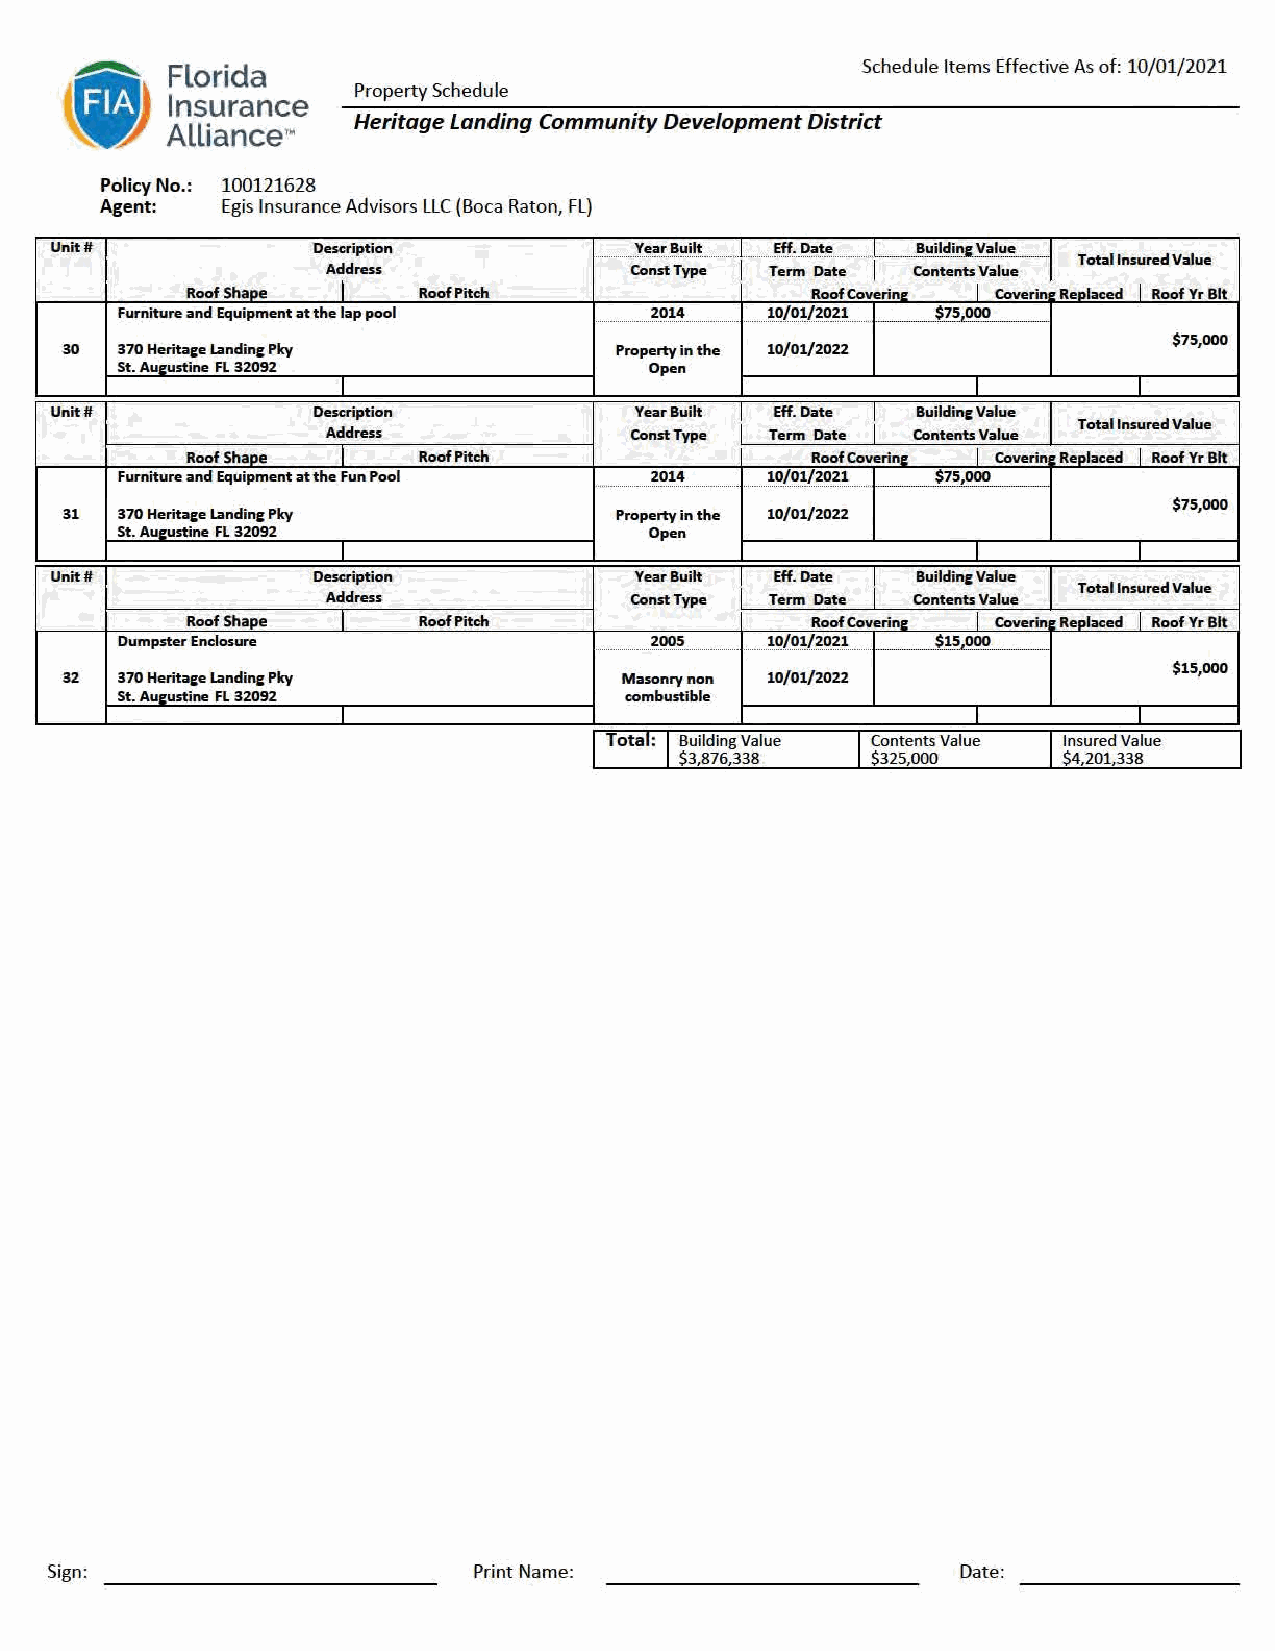
I
 Schedule Items Effective As of: 10/01/2021
 Florida
 I }            Property Schedule
 Insurance
 fl Alliance·~  Heritage Landing Community Development District
 Policy No.: 100121628
 Agent:  Egis Insurance Advisors LLC (Boca Raton, FL)
 ·I
 Unit It           De As dc dri rp et si so n .......... CY oe na sr t B Tu y.i. p.l..t. e. . ....... T..E... e..f.. rf.... m. ..D... ..a. D...t..e a. . t... e... . ........ I CB ou nil td ei nn te sV Va al lu ue e I Total Insured Value
 Roof Shape I    Roof Pitch                Roof Coverine I Coverin Reolaced I Roof Yr Bit
 Furniture and Equipment at the lap pool 2014.. ........ ............... 10/ 01/ 2021 . $75 000
 $75,000
 30  370 Heritace landinc Pky         Property in the 10/ 01/2022
 St. Aueustine Fl 32092             Open
 I                                         I         I
 Unit It           Description          Year Built Eff. Date Buildinc Value
 I        I            Total Insured Value
 Address             Const Type Term Date Contents Value
 Roof Shape I    Roof Pitch                Roof Coverinl! I Coverin Replaced I Roof Yr Bit
 Furniture and Equipment atthe Fun Pool 2014 10/01/2021 $75,000
 . ..
 $75,000
 31  370 Heritace landinc Pky         Property in t he 10/ 01/2022
 St. Aueustine Fl 32092             Open
 I                                         I         I
 Unit It           Description          Year Built Eff. Date Buildinc Value
 Total Insured Value
 Address             Const Type Term Date Contents Value
 Roof Shape I    Roof Pitch                Roof Coverinl! I Coverin ~ Replaced I Roof Yr Bit
 Dumpster Enclosure             ..... ...... .. . 20.0....5..... . ...... ...... ...........10/01/ 2021 ____ $15 000
 $15,000
 32  370 Heritace landinc Pky         Masonry non 10/ 01/ 2022
 St. Aueustine Fl 32092           combustible
 I                    I            I       I         I
 Total: Building Value Contents Value Insured Value
 $3,876,338   $325,000    $4,201,338
 Sign:                       Print Name:                      Date: